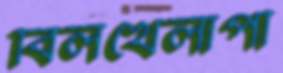
বিলখেলাপী